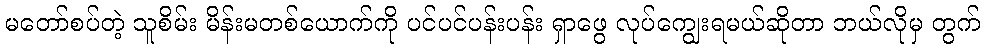
မတော်စပ်တဲ့ သူစိမ်း မိန်းမတစ်ယောက်ကို ပင်ပင်ပန်းပန်း ရှာဖွေ လုပ်ကျွေးရမယ်ဆိုတာ ဘယ်လိုမှ တွက်